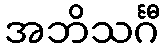
အဘိသင်္ဂီ